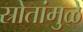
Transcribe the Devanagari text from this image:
स्रोतांमुळे